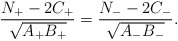
\begin{align*}\frac{N_{+}-2C_{+}}{\sqrt{A_{+}B_{+}}}=\frac{N_{-}-2C_{-}}{\sqrt{A_{-}B_{-}}}.\end{align*}